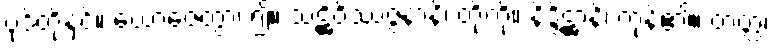
ပုဒ်တို့နှင့်။ ယောဇေတွာ၊ ၍။ သဋ္ဌိဝိဿဇ္ဇနာနိ၊ တို့ကို။ နိဒ္ဒိဋ္ဌာနိ၊ ကုန်၏။ တတ္ထ၊